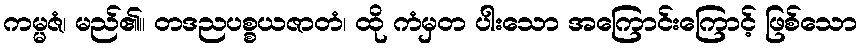
ကမ္မဇံ၊ မည်၏။ တဒညပစ္စယဇာတံ၊ ထို ကံမှတ ပါးသော အကြောင်းကြောင့် ဖြစ်သော